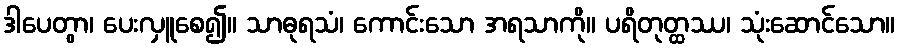
ဒါပေတွာ၊ ပေးလှူစေ၍။ သာဓုရသံ၊ ကောင်းသော အရသာကို။ ပရိတုတ္ထဿ၊ သုံးဆောင်သော။